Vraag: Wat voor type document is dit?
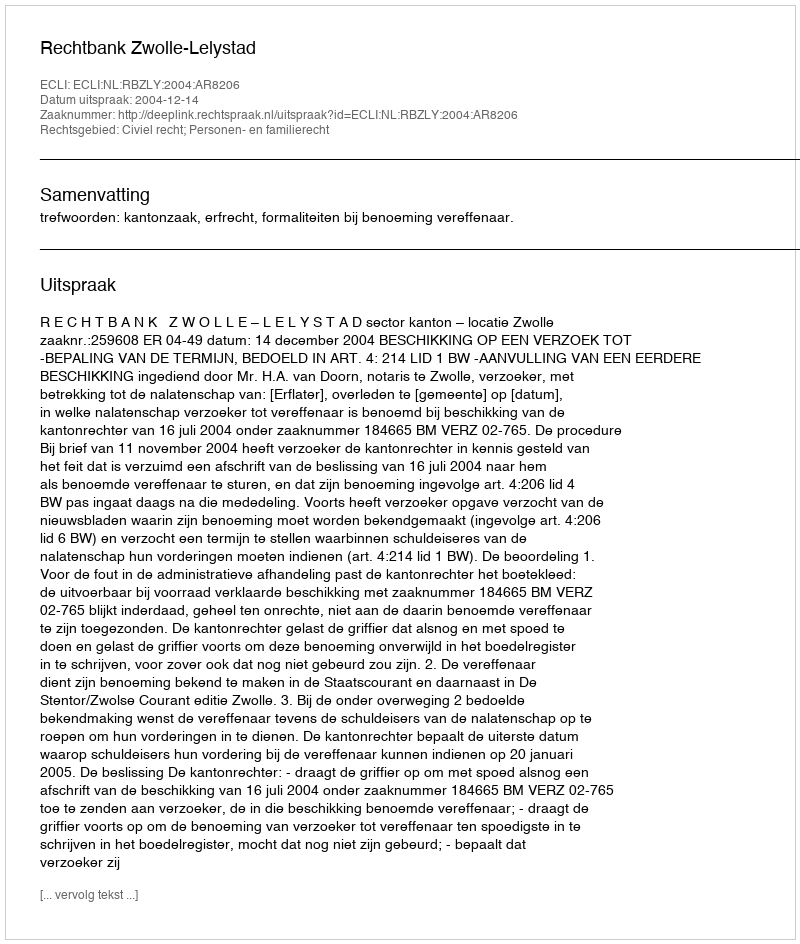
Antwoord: Uitspraak